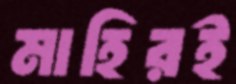
মাহিরই